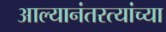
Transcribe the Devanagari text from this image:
आल्यानंतरत्यांच्या